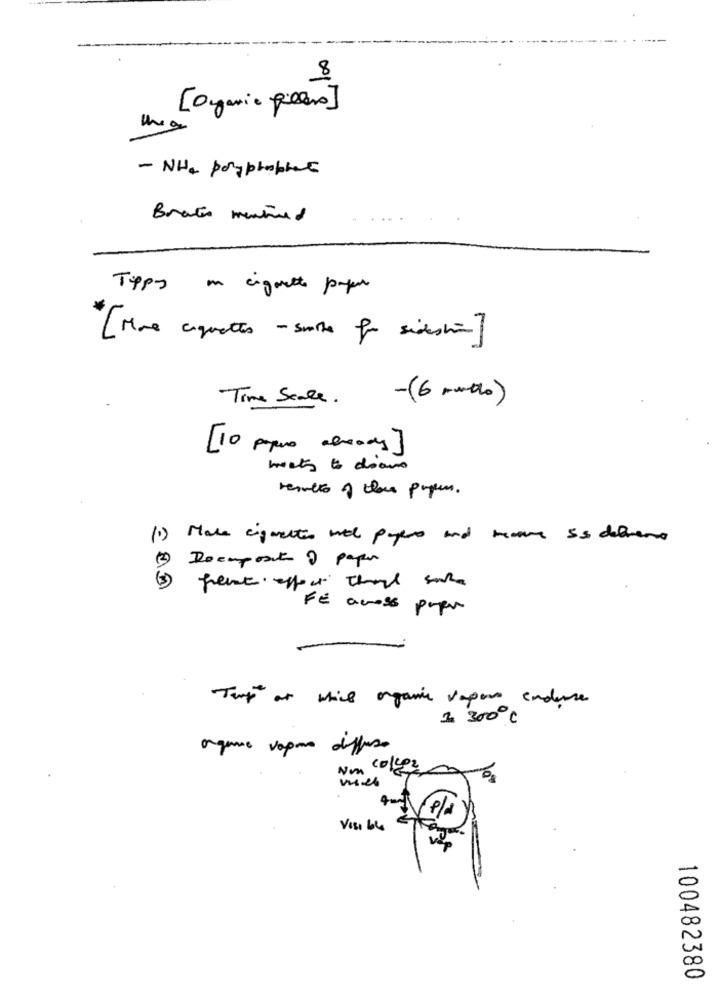
---
8
[Organic piclens]
- NH4 poryprophet
Brats mentioned
Typs
a cigarette paper
[Mra coquettes - sonra fr sidentin]
Time Scale. - (6 months)
[10 ppm already]
mats to diams
results of those papers.
(1) Make cigarettes mitt papers and remove is delvene
Docupost ? paper
(5)
FE across popu
Tap at which organic vapen endure
1 300℃
organic vapen diffuso
Non
coller
el
Visi bles
100482380